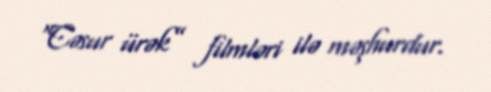
“Cəsur ürək” filmləri ilə məşhurdur.